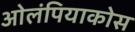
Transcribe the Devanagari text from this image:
ओलंपियाकोस